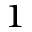
^ 1